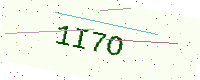
Text: 1I7O